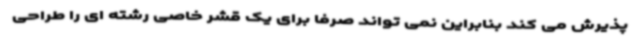
پذیرش می کند بنابراین نمی تواند صرفا برای یک قشر خاصی رشته ای را طراحی